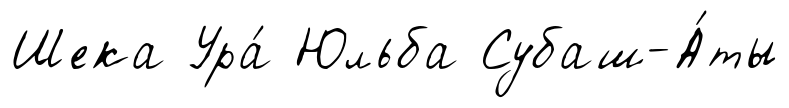
Шека Ура́ Юльба Субаш-А́ты